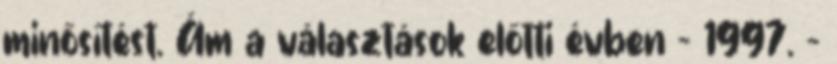
minősítést. Ám a választások előtti évben – 1997. -